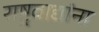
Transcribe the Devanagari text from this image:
राष्ट्रवाद्यांना